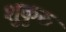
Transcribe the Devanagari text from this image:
शुकुरु